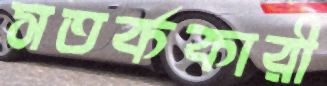
সতর্ককারী